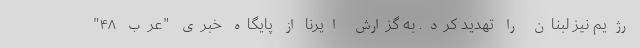
رژیم نیز لبنان را تهدید کرد. به گزارش ایرنا از پایگاه خبری "عرب ۴۸"